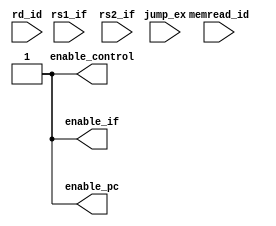
module hazarddetectionunit(memread_id, rs1_if, rs2_if, rd_id, jump_ex, enable_if, enable_pc, enable_control);

    input memread_id, jump_ex;
    input [4:0] rs1_if, rs2_if, rd_id;
    
    output reg enable_if, enable_pc, enable_control;

    always @ (rs1_if, rs2_if, memread_id, rd_id)
    begin    
        // if (memread_id & !jump_ex & ((rd_id == rs1_if) | (rd_id == rs2_if)))
        //     begin
        //         enable_control <= 0;
        //         enable_pc      <= 0;
        //         enable_if      <= 0;
        //     end
        // else
        //     begin
                 enable_control <= 1;
                 enable_pc      <= 1;
                 enable_if      <= 1;
        //     end

    end



endmodule